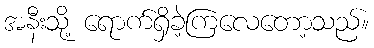
အနီးသို့ ရောက်ရှိခဲ့ကြလေတော့သည်။